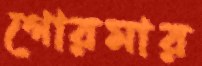
গোরমার